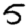
Digit: 5